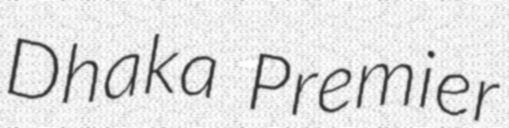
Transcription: Dhaka Premier